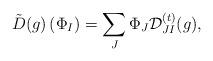
LaTeX: \begin{align*}{\tilde D}(g) \left(\Phi_I \right) = \sum_{J}\Phi_J {\cal D}^{(t)}_{JI}(g),\end{align*}